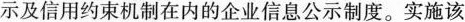
示及信用约束机制在内的企业信息公示制度。实施该